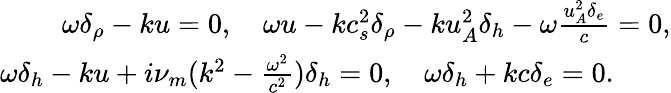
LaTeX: \begin{array}{r}{\omega\delta_{\rho}-ku=0,\quad\omega u-kc_{s}^{2}\delta_{\rho}-ku_{A}^{2}\delta_{h}-\omega\frac{u_{A}^{2}\delta_{e}}{c}=0,}\\ {\omega\delta_{h}-ku+i\nu_{m}(k^{2}-\frac{\omega^{2}}{c^{2}})\delta_{h}=0,\quad\omega\delta_{h}+kc\delta_{e}=0.\qquad}\end{array}